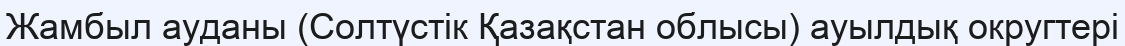
Жамбыл ауданы (Солтүстік Қазақстан облысы) ауылдық округтері